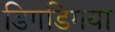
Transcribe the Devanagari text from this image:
डिगडिगया